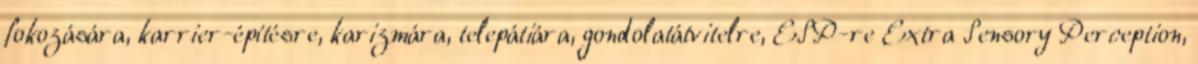
fokozására, karrier-építésre, karizmára, telepátiára, gondolatátvitelre, ESP-re Extra Sensory Perception,